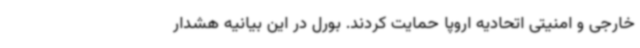
خارجی و امنیتی اتحادیه اروپا حمایت کردند. بورل در این بیانیه هشدار